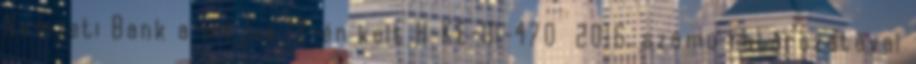
Nemzeti Bank a május 12-én kelt H-KE-III-470 2016. számú határozatával